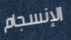
الإنسجام